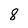
Character: 8